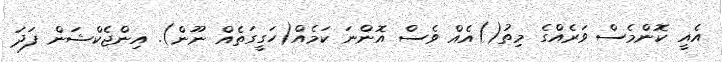
އެއީ ކޮންމެސް ވަރެއްގެ މިތު()އެއް ވެސް އޮންނަ ކަމެއް(ހަގީގަތެއް ނޫން). އިންޖެކްޝަން ފަދަ